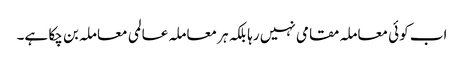
اب کوئی معاملہ مقامی نہیں رہا بلکہ ہر معاملہ عالمی معاملہ بن چکا ہے۔